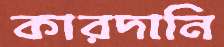
কারদানি